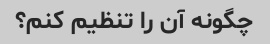
چگونه آن را تنظیم کنم؟